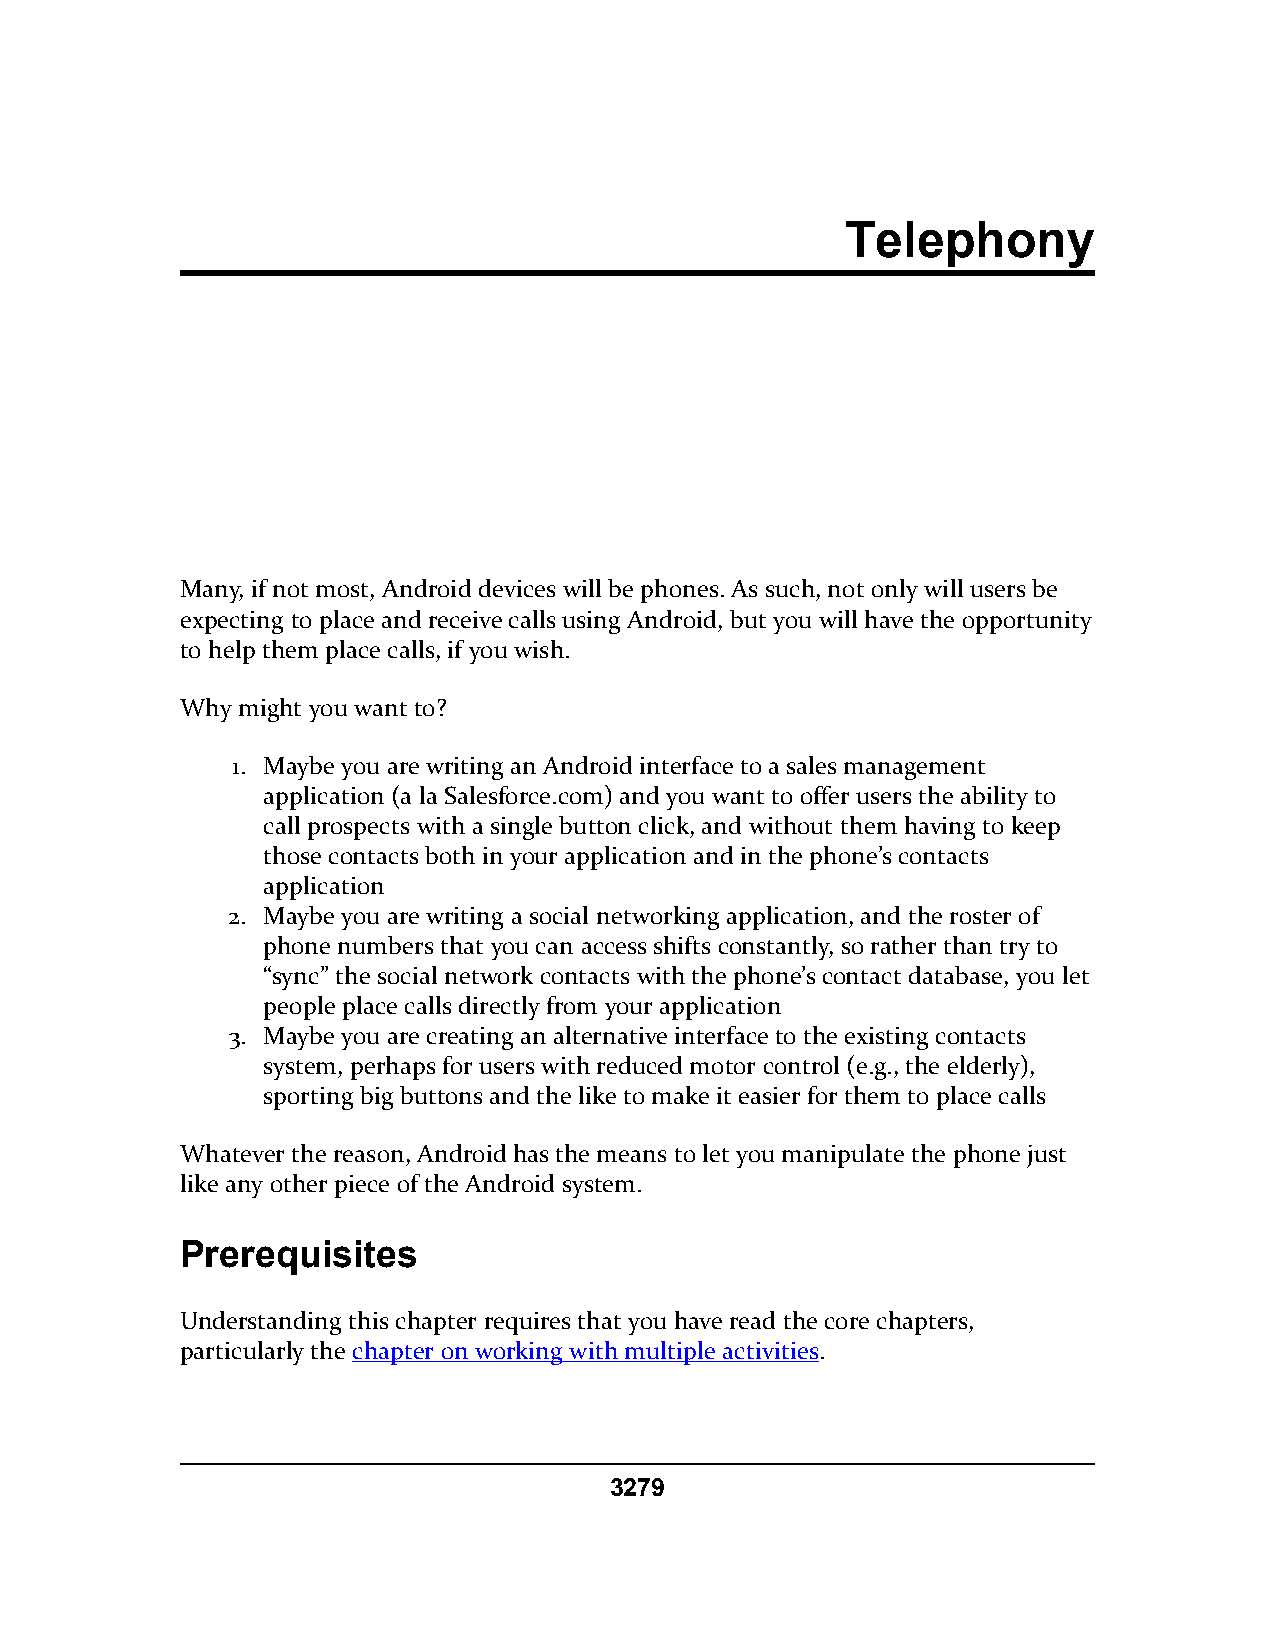
Telephony
 Many, if not most, Android devices will be phones. As such, not only will users be
 expecting to place and receive calls using Android, but you will have the opportunity
 to help them place calls, if you wish.
 Why might you want to?
 1. Maybe you are writing an Android interface to a sales management
 application (a la Salesforce.com) and you want to offer users the ability to
 call prospects with a single button click, and without them having to keep
 those contacts both in your application and in the phone’s contacts
 application
 2. Maybe you are writing a social networking application, and the roster of
 phone numbers that you can access shifts constantly, so rather than try to
 “sync” the social network contacts with the phone’s contact database, you let
 people place calls directly from your application
 3. Maybe you are creating an alternative interface to the existing contacts
 system, perhaps for users with reduced motor control (e.g., the elderly),
 sporting big buttons and the like to make it easier for them to place calls
 Whatever the reason, Android has the means to let you manipulate the phone just
 like any other piece of the Android system.
 Prerequisites
 Understanding this chapter requires that you have read the core chapters,
 particularly the chapter on working with multiple activities.
 3279